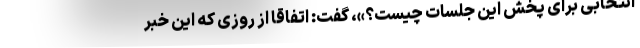
انتخابی برای پخش این جلسات چیست؟»، گفت: اتفاقا از روزی که این خبر